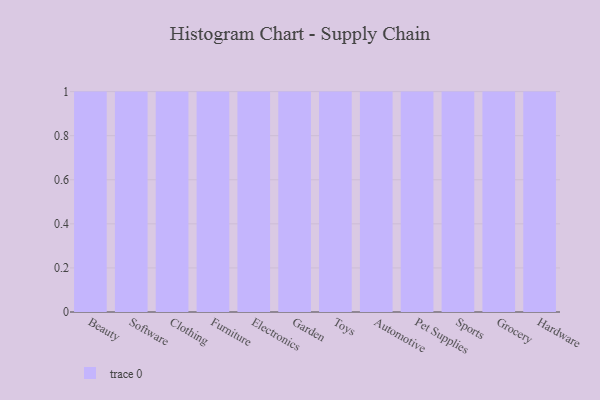
{"axis": {"x": "Category", "y": "Revenue (USD Million)"}, "legend": [""], "data": [{"x": "Beauty", "y": 10, "type": ""}, {"x": "Software", "y": 43, "type": ""}, {"x": "Clothing", "y": 37, "type": ""}, {"x": "Furniture", "y": 48, "type": ""}, {"x": "Electronics", "y": 52, "type": ""}, {"x": "Garden", "y": 56, "type": ""}, {"x": "Toys", "y": 40, "type": ""}, {"x": "Automotive", "y": 5, "type": ""}, {"x": "Pet Supplies", "y": 59, "type": ""}, {"x": "Sports", "y": 21, "type": ""}, {"x": "Grocery", "y": 78, "type": ""}, {"x": "Hardware", "y": 74, "type": ""}]}